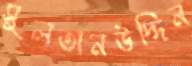
সুলতানউদ্দিন